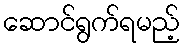
ဆောင်ရွက်ရမည့်